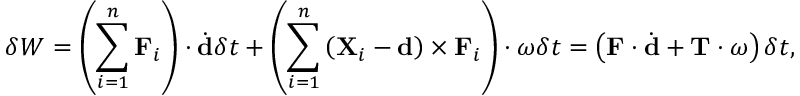
\delta W = \left( \sum _ { i = 1 } ^ { n } \mathbf { F } _ { i } \right) \cdot { \dot { \mathbf { d } } } \delta t + \left( \sum _ { i = 1 } ^ { n } \left( \mathbf { X } _ { i } - \mathbf { d } \right) \times \mathbf { F } _ { i } \right) \cdot { \boldsymbol { \omega } } \delta t = \left( \mathbf { F } \cdot { \dot { \mathbf { d } } } + \mathbf { T } \cdot { \boldsymbol { \omega } } \right) \delta t ,